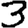
Digit: 3